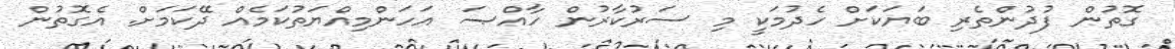
ގޮތުން ފުދުންތެރި ބަޔަކަށް ހެދުމަކީ މި ސަރުކާރުން ހާއްޞަ އަހަންމިއްޔަތުކަމެއް ދޭކަމަށް. އެގޮތުން